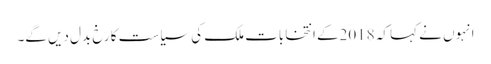
انہوں نے کہا کہ 2018کے انتخابات ملک کی سیاست کا رخ بدل دیں گے۔